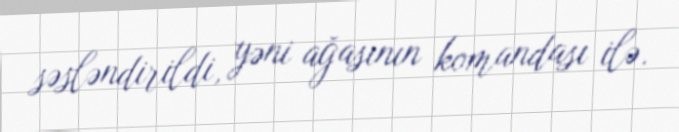
səsləndirildi, yəni ağasının komandası ilə.